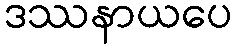
ဒဿနာယပေ